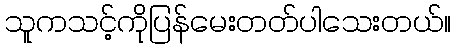
သူကသင့်ကိုပြန်မေးတတ်ပါသေးတယ်။